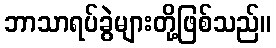
ဘာသာရပ်ခွဲများတို့ဖြစ်သည်။